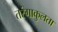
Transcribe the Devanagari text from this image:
तरंगाकुलता